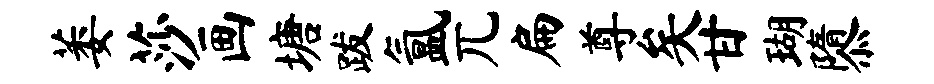
萎莎画塘跋氲兀扁尊矣甘瑚隳